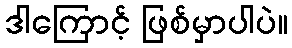
ဒါကြောင့် ဖြစ်မှာပါပဲ။